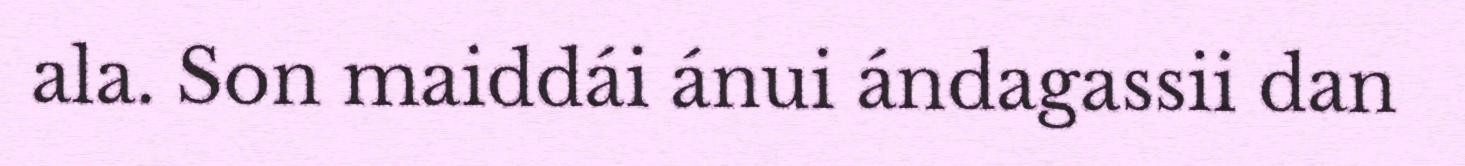
ala. Son maiddái ánui ándagassii dan